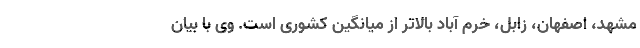
مشهد، اصفهان، زابل، خرم آباد بالاتر از میانگین کشوری است. وی با بیان